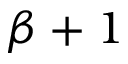
\beta + 1